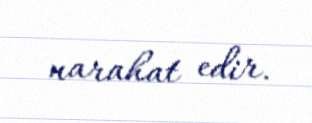
narahat edir.